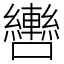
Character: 轡